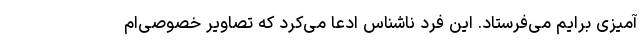
آمیزی برایم می‌فرستاد. این فرد ناشناس ادعا می‌کرد که تصاویر خصوصی‌ام